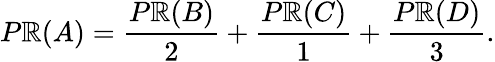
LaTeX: P\mathbb{R}(A)={\frac{{P\mathbb{R}(B)}}{{2}}}+{\frac{{P\mathbb{R}(C)}}{{1}}}+{\frac{{P\mathbb{R}(D)}}{{3}}}.